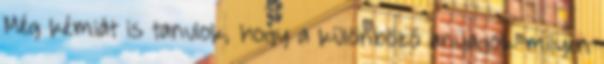
Még kémiát is tanulok, hogy a különböző anyagok milyen